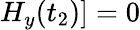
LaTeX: H_{y}(t_{2})]=0